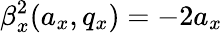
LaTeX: \beta_{x}^{2}(a_{x},q_{x})=-2a_{x}